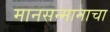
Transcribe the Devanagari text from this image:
मानसन्मानाचा